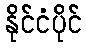
နိုင်ငံပိုင်